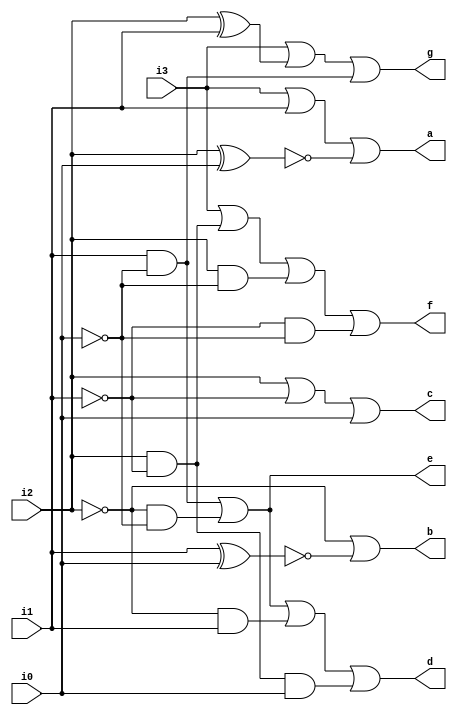
module bcd_to_7_segment_decoder (
input i0, i1, i2, i3,
output a, b, c, d, e, f, g
);
wire ip0,ip1,ip2,a1,b1,d1,d2,d3,d4,e1,e2,f1,f2,f3,g1,g2;
 
 not U0(ip0,i0);
 not U1(ip1,i1);
 not U2(ip2,i2);
 //out put for a
 xnor U3(a1,i2,i0);
 or U4(a,i3,i1,a1);
 
 //output for b
 xnor U5(b1,i1,i0);
 or U6(b,ip2,b1);
 
 //output for c
 or U7(c,i2,ip1,i0);
 
 //output for d
 and U8(d1,i1,ip0);
 and U9(d2,ip2,ip0);
 and U10(d3,ip2,i1);
 and U11(d4,i2,ip1,i0);
 or U12(d,d1,d2,d3,d4);
 
 //output for e
 and U13(e1,i1,ip0);
 and U14(e2,ip2,ip0);
 or U15(e,e1,e2);
 
 //output for f
 and U16(f1,i2,ip1);
 and U17(f2,i2,ip0);
 and U18(f3,ip1,ip0);
 or U19(f,i3,f1,f2,f3);
 
 //output for g
 xor U20(g1,i2,i1);
 and U21(g2,i1,ip0);
 or U22(g,i3,g1,g2);
endmodule